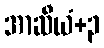
အာဆီယံ+၃